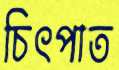
চিৎপাত